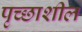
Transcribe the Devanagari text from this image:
पृच्छाशील